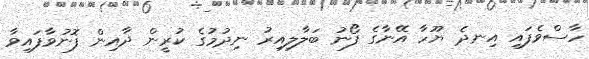
ހާސްވެފައި އިނދެ ޔޫހާ އޭނާގެ ފޯނު ބަލާލިއިރު ނިދުމުގެ ކުރީން ދާއިން ފޮނުވާފައިވާ